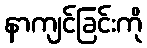
နာကျင်ခြင်းကို